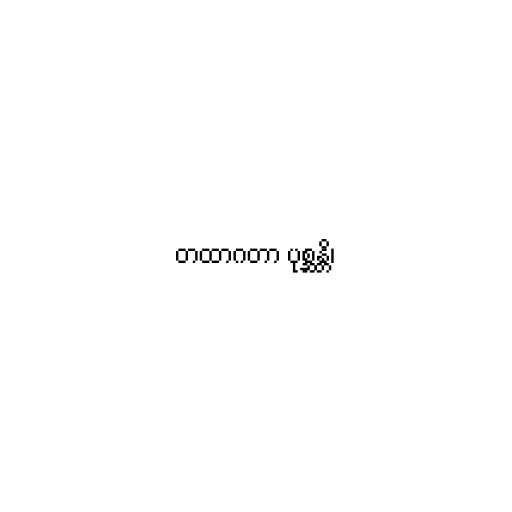
တထာဂတာ ပုစ္ဆန္တိ၊